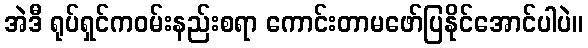
အဲဒီ ရုပ်ရှင်ကဝမ်းနည်းစရာ ကောင်းတာမဖော်ပြနိုင်အောင်ပါပဲ။